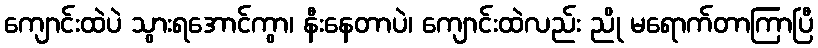
ကျောင်းထဲပဲ သွားရအောင်ကွာ၊ နီးနေတာပဲ၊ ကျောင်းထဲလည်း ညို မရောက်တာကြာပြီ